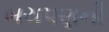
બચપણની